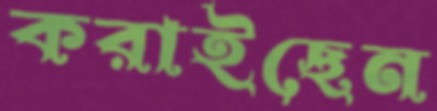
করাইছেন